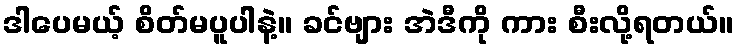
ဒါပေမယ့် စိတ်မပူပါနဲ့။ ခင်ဗျား အဲဒီကို ကား စီးလို့ရတယ်။